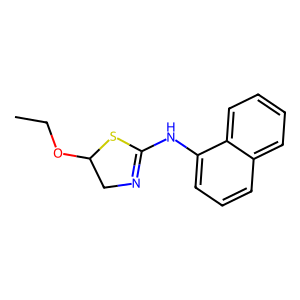
SMILES: CCOC1CN=C(Nc2cccc3ccccc23)S1
Inhibits HIV replication: No